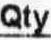
QTY